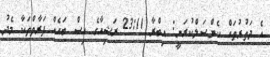
އެ ދަތުރުތައް ކެންސަލްކުރަނީ: އިބްރާ 23:11 ރަޝިއާގެ އިސް ބައެއް ފަރާތްތަކާ މެދު